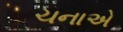
ચનાએ